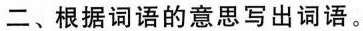
二、根据词语的意思写出词语。